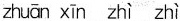
zhuān xīn zhì zhì